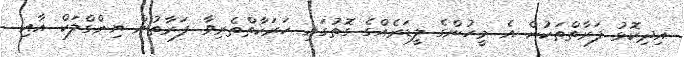
އިދިކޮޅު ފަރާތްތަކުން އެ މީހުންގެ ލީޑަރެއްގެ ގޮތުގައި ހަރަކާތްތެރިވާ ފަރާތުން ޔިންގްލަކް އާއި